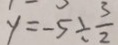
y = - 5 \div \frac { 3 } { 2 }